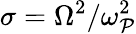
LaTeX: \sigma=\Omega^{2}/\omega_{\mathcal{P}}^{2}